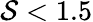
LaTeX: \mathcal{S}<1.5